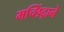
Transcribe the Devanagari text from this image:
मच्छिंद्राने